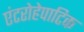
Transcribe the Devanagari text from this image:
एंटरोहेपाटिक